Lunatic asylums Madras 1892-1911 - 1892-1911
Year: 1892
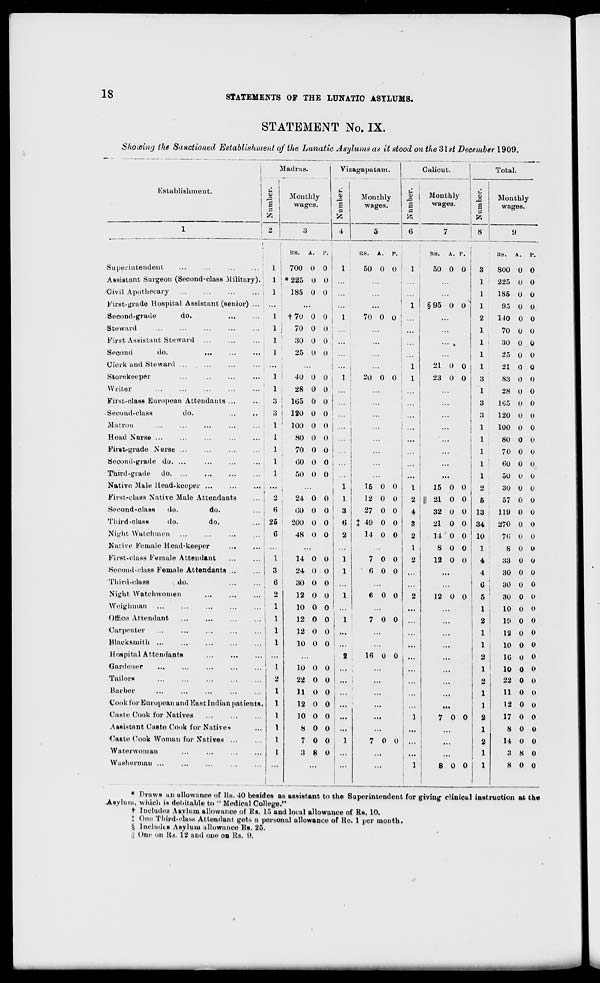
18
STATEMENTS OF THE LUNATIC ASYLUMS.
STATEMENT No. IX.
Showing the Sanctioned Establishment of the Lunatic Asylums as it stood on the 31st December 1909.
Madras.
J ! Monthly
j
| j
wages.
Vizagapatam.
Calicut.
Total.
Establishment.
Monthly
wages.
3 1
3
Monthly
wages.
u
a
X>
Monthly
wages.
2
1 fc
6
fe
r-i
3
4
5
7
1 8 9
i
IiS.
A.
P.
RB.
A.
Y.
KS.
A.
■ i
P.
KS.
A.
V.
Superintendent
...
...
1
700 0 0
1
50 0 0
1
50 0 0
3
800 0 0
Assistant Surgeon (Second-class Military).
1 * 225 0 0
...
1
225 O 0
Civil Apothecary
i 1
185 0 0 ! ...
...
1
185 0 0
First-grade Hospital Assistant (senior)
| ...
1
§95 0 o s
1
95 <J 0
Second-grade
do.
...
...
1 j f70 0 0
1
70 0 o ...
...
2
110 0 0
Steward
...
•■•
...
...
...
1 j
70 0 0 ...
...
1
70 0 O
First Assistant Steward
*
30 0 0 | ...
... ,
1
30 0 0
Second
do.
1 !
25 0 0 ...
...
1
25 0 0
Clerk and Steward
, ...
...
... i
1
21 0 0 | 1
21 0 0
Storekeeper
...
...
■ ••
•••
1
40 0 0 i 1
20 0 0
1
23 0 0
3
83 0 0
Writer
1 1
28 0 0 ! ...
...
1
28 0 0
First-class European Attendants ...
3 !
165 0 0
...
3
105 0 0
Second-class
do.
3 i 120 0 0
...
3
120 0 0
Matron
...
...
...
•••
... i 1
100 0 0 j ...
,
...
1
100 0 0
Head Norse ...
...
...
...
...
1
80 0 0
...
...
...
1
80 0 0
Fir«t>grade Nurse ...
...
...
... j 1
70 0 0
...
...
1
70 0 0
Second-grade do. ...
...
...
...
1
00 0 0 | ...
...
...
1
60 0 O
Third-grade
do. ...
...
...
...
1
50 O 0 ' ...
...
...
...
1
50 0 0
Native Male Head-keeper ...
...
... . ...
...
, 1
15 0 0
1
15 0 0
2
30 U 0
First-class Native Male Attendants
2
24 0 0
1
12 0 0
2 II 21 0 0
5
57 0 0
Second-class
do.
do.
«
00 0 0
3
27 0 0
4
32 U 0 13
119 0 0
Third-class
do.
do.
25
200 0 0
6 X 49 0 0
3
21 0 0 34
270 0 0
Night Watchmen
G
48 0 0
2
14 0 0
2
14 0 0 10
70 0 0
Native Female Head-keeper
...
...
1
S 0 0
1
8 0 0
First-class Female Attendant
1
14 0 0
1
7 0 0
2
12 0 0
4
33 0 O
Second-class Female Attendants ...
3
24 0 0
1
(5 0 0
...
4
30 0 0
Third-olass
do.
...
...
6
30 0 0 j ...
...
Q
30 0 o
Night Watohwomen
2
12 0 0
1
6 0 0
2
12 0 0
5
30 0 0
Weigh man
1
10 0 0
...
1 , ...
...
1 ,
10 0 0
Office Attendant
1 1
12 0 0
1
7 0 0 1 ""
2
19 0 0
•Carpenter
' 1
12 0 0 ; ...
i "■'
1
12 0 0
Blacksmith ...
! i
10 0 0 ...
...
1
10 0 o
Hospital Attendants
...
2
16 0 0
...
2
10 0 0
Oanlener
i
10 0 0 ...
...
1
10 0 o
Tailors
2
22 0 0 1 ... >
2
22 0 0
Barber
1
11 0 0 ...
...
1
11 0 (•
Cook tor European and East Indian patients.
1
12 0 0 ...
...
1
12 0 0
Caste Cook i'or Natives
1
10 0 0 ...
...
1
7 0 0
2
17 0 0
Assistant Casto Cook for Natives
1
8 0 0 ...
...
...
...
1
8 0 0
•Caste Cook Woman for Natives ...
1
7 0 0
1
7 0 ll
...
2
14 0 0
Waterwoman
1
3 8 0
1
...
••*
...
1
a s o
Washerman ...
1
...
|
...
1
8 0 0
1
8 0 0
* Draws an allowance of Us. 40 besides as assistant to the Superintendent for giving clinical instruction at the
Asylum, which is deliitable to " Medical College."
t Includes Asylum allowance of Us. 15 and local allowance of Rs. 10.
\ One Third-class Attendant get*, a personal allowance of He. 1 per month.
§ Includes Asylum allowance Hs. 25.
jl One on Its. 12 and one on Us. 0.